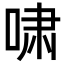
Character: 啸